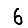
Digit: 6